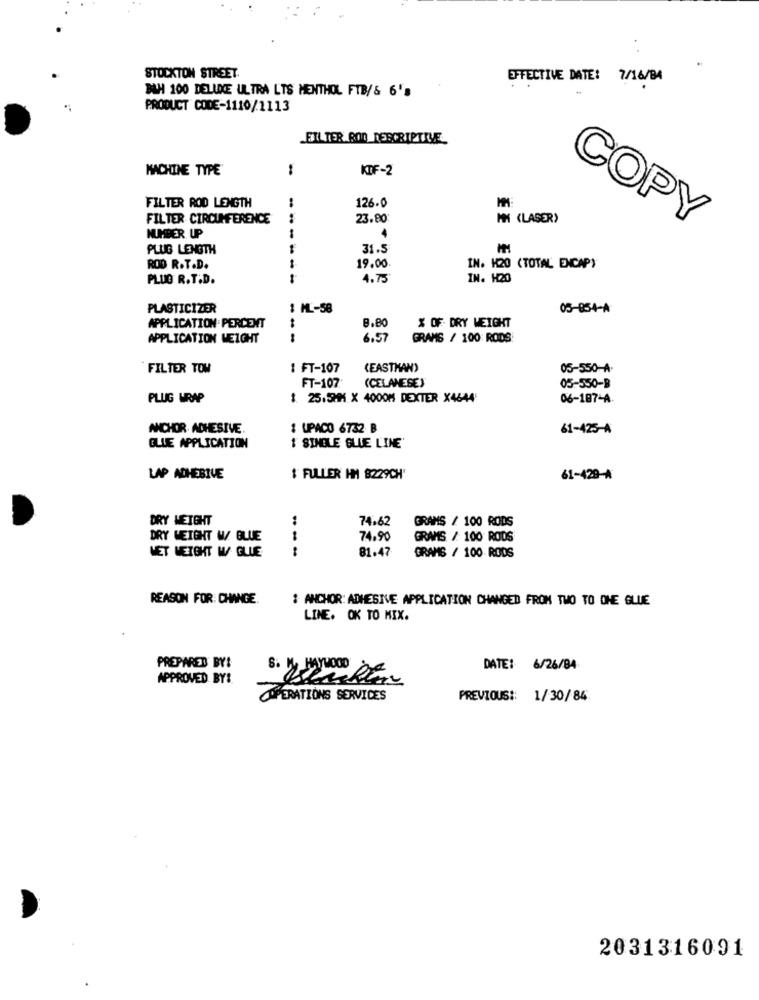
STOCKTON STREET.
EFFECTIVE DATE: 7/16/B4
BAH 100 DELUXE ULTRA LTS MENTHOL FTB/& 6's
PRODUCT CODE-1110/1113
FILTER BOD DESCRIPTIVE
MACHINE TYPE
:
KDF-2
FILTER ROD LENGTH
126.0
FILTER CIRCUMFERENCE
23.80
MM (LASER>
COPY
NUMBER UP
PLUG LENGTH
31.5
19.00
ROD R.T.D.
IN. K20 (TOTAL ENCAP)
PLUG R.T.D.
------
4.75
IN. H20
PLASTICIZER
1 ML-58
05-854-A
% OF DRY WEIGHT
APPLICATION . PERCENT
8.80
APPLICATION WEIGHT
--
6.57
GRAMS / 100 RODS
FILTER TOW
1 FT-107
(EASTMAN)
05-550-A
FT-107
(CELANESE)
05-550-B
PLUG WRAP
$ 25.5MM X 4000M DEXTER X4644
06-187-A.
ANCHOR. ADHESIVE.
1 UPACO 6732 B
61-425-A
BLUE APPLICATION
I SINGLE BLUE LINE'
LAP ADHESIVE
$ FULLER HM 8229CH'
61-429-A
DRY WEIGHT
:
74.62
GRAMS / 100 RODS
DRY WEIGHT W/ BLUE
74.90
GRAMS / 100 RODS
NET WEIGHT W. GLUE
81.47
GRAMS / 100 RODS
REASON FOR CHANGE.
: ANCHOR: ADHESIVE APPLICATION CHANGED FROM TWO TO DHE GLUE
LINE. OK TO MIX.
PREPARED BY:
DATE: 6/26/84
APPROVED BY:
OPERATIONS SERVICES
PREVIOUS :: 1/30/84
2031316091